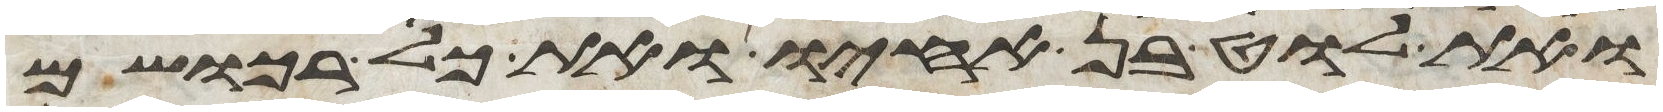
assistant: ואת לוט בן אחיו ואת כל רכושם